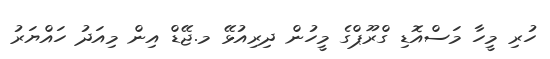
ހުރި މީހާ މަސްއޮޑި ގްރޫޕްގެ މީހުން ދިރިއުޅޭ މ.ޖޭޑް އިން މިއަދު ހައްޔަރު